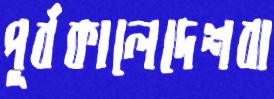
পূর্বকালেদেশবা